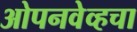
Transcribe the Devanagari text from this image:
ओपनवेव्हचा